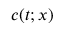
c ( t ; x )